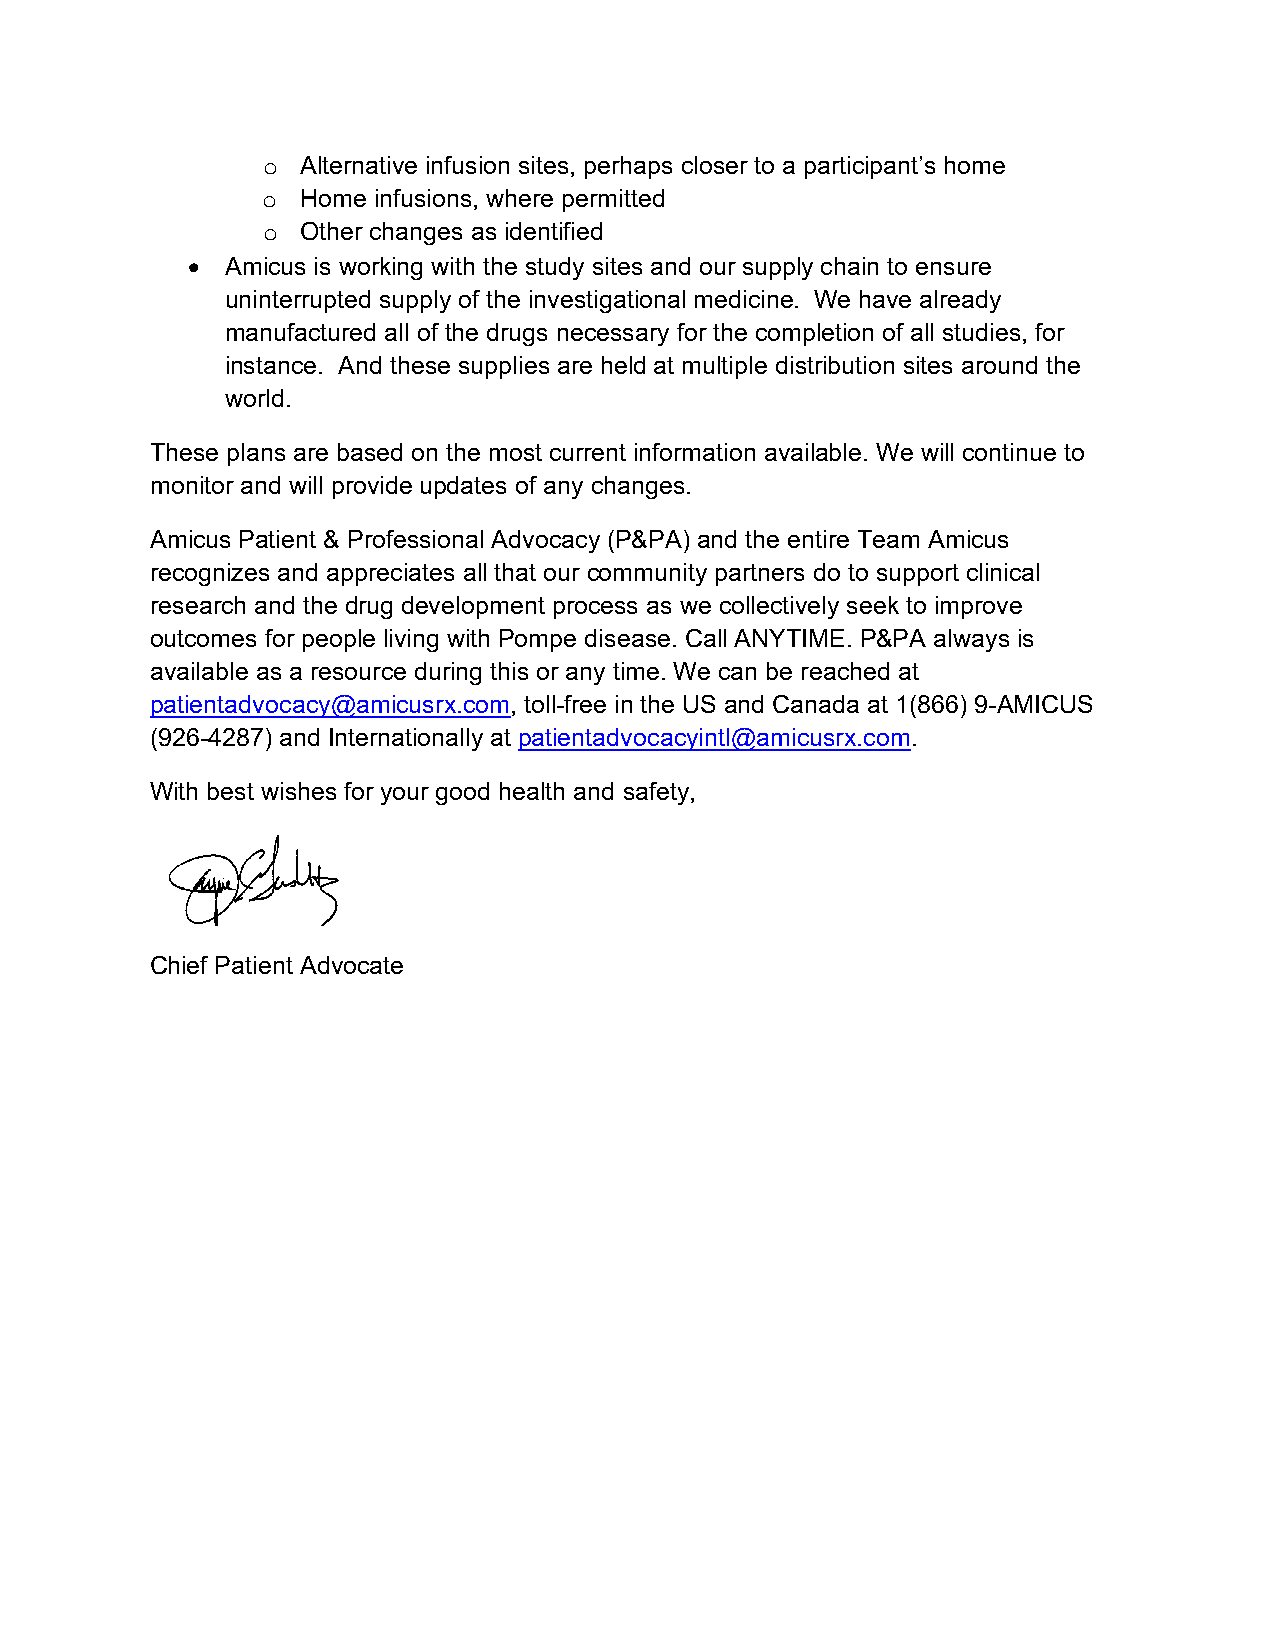
Alternative infusion sites, perhaps closer to a participant’s home
 o
 Home infusions, where permitted
 o
 Other changes as identified
 o
 •  Amicus is working with the study sites and our supply chain to ensure
 uninterrupted supply of the investigational medicine. We have already
 manufactured all of the drugs necessary for the completion of all studies, for
 instance. And these supplies are held at multiple distribution sites around the
 world.
 These plans are based on the most current information available. We will continue to
 monitor and will provide updates of any changes.
 Amicus Patient & Professional Advocacy (P&PA) and the entire Team Amicus
 recognizes and appreciates all that our community partners do to support clinical
 research and the drug development process as we collectively seek to improve
 outcomes for people living with Pompe disease. Call ANYTIME. P&PA always is
 available as a resource during this or any time. We can be reached at
 patientadvocacy@amicusrx.com, toll-free in the US and Canada at 1(866) 9-AMICUS
 (926-4287) and Internationally at patientadvocacyintl@amicusrx.com.
 With best wishes for your good health and safety,
 Chief Patient Advocate